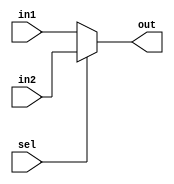

/*
Name:MUX.v
Owner:Omar Salah
Description: MUX that takes 
Input:in1,in2,sel
Output: out of mux
*/
module  mux #(parameter DATA=32)
(
input   wire  [DATA-1:0]  in1,in2,
input   wire              sel,
output  reg   [DATA-1:0]  out
);

always  @ (*)
begin
  if(sel)
    out=in2;
  else
    out=in1;
end
endmodule